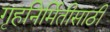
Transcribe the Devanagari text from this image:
गृहनिर्मितीसाठी